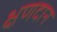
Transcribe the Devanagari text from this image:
क्षणदान